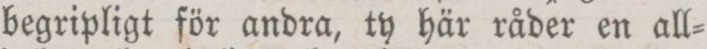
begripligt för andra, ty här råder en all=